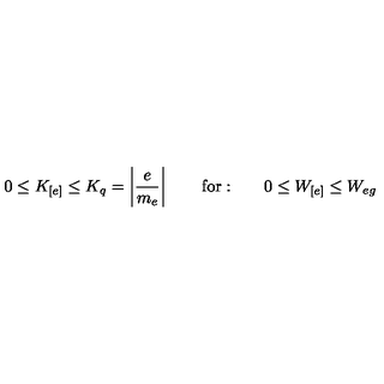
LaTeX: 0 \leq K _ { [ e ] } \leq K _ { q } = \left| \frac { e } { m _ { e } } \right| \qquad \mathrm { f o r : } \qquad 0 \leq W _ { [ e ] } \leq W _ { e g }